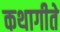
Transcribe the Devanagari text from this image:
कथागीते